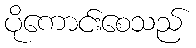
ပိုကောင်းစေသည်